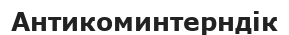
Антикоминтерндік